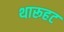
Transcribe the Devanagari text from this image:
थारूहट